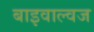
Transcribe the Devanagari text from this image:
बाइवाल्वज